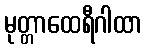
မုတ္တာထေရီဂါထာ